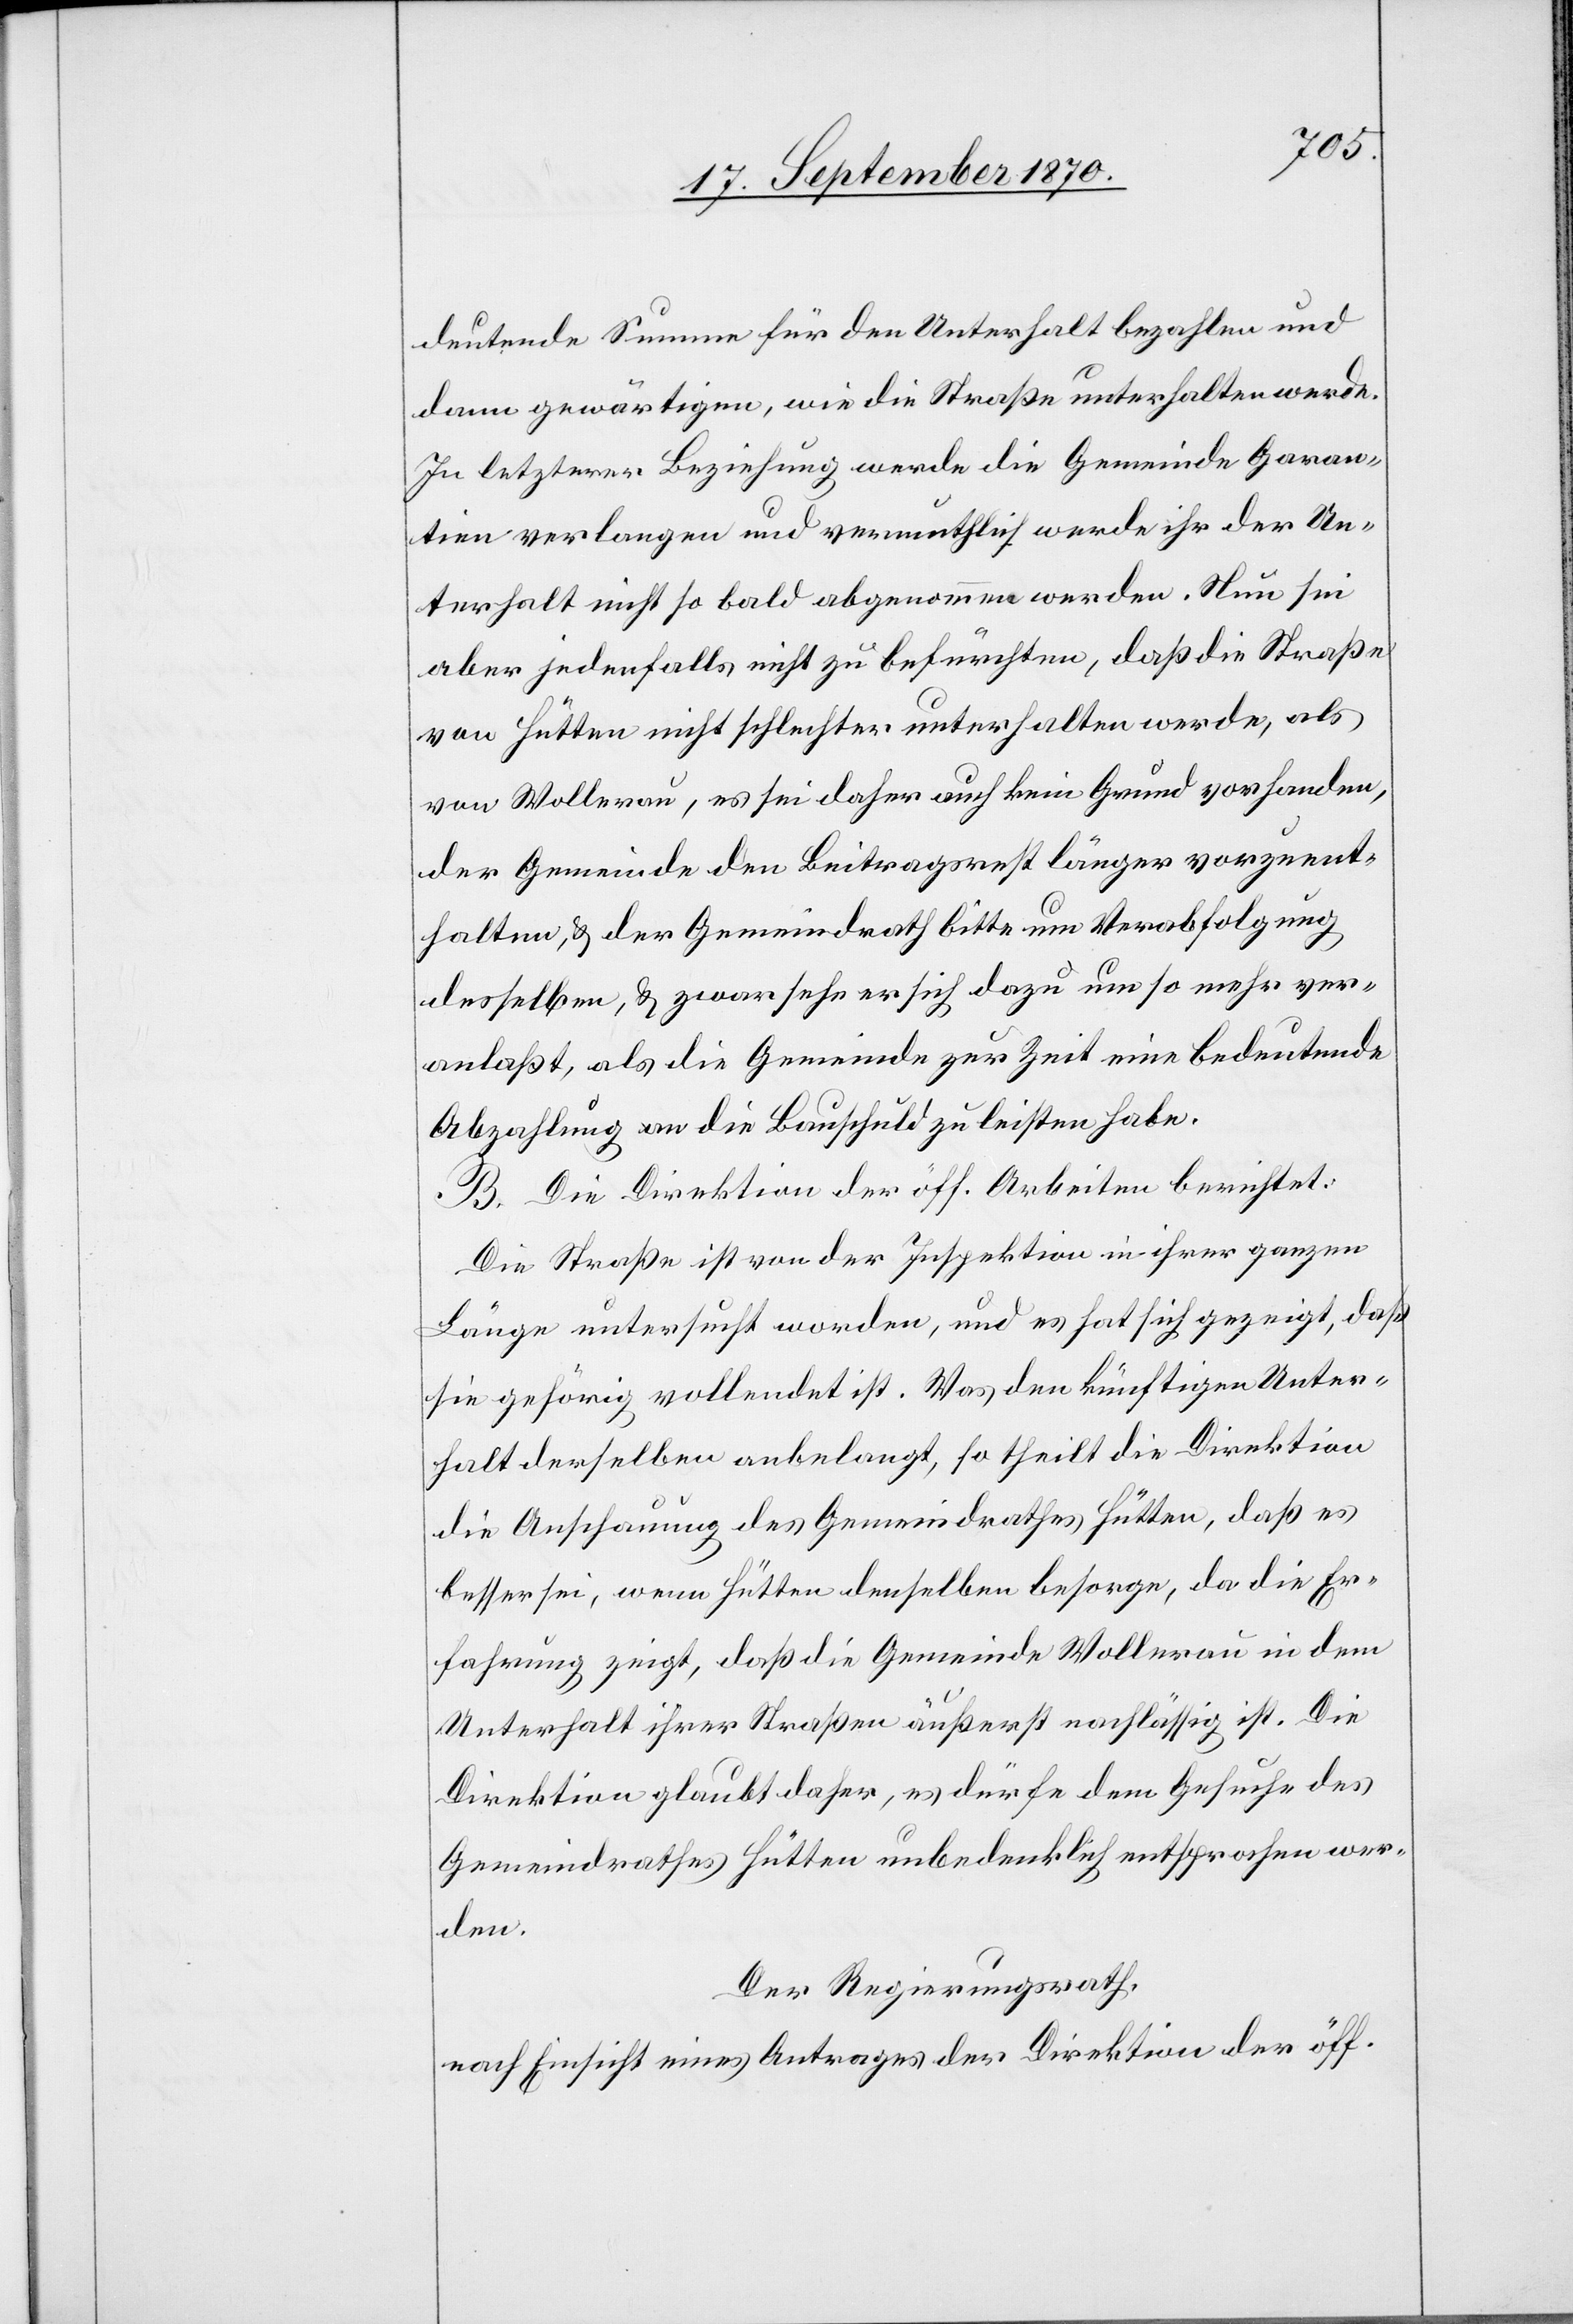
deutende Summe für den Unterhalt bezahlen und
dann gewärtigen, wie die Straße unterhalten werde.
In letzterer Beziehung werde die Gemeinde Garan¬
tien verlangen und vermuthlich werde ihr der Un¬
terhalt nicht so bald abgenommen werden. Nun sei
aber jedenfalls nicht zu befürchten, daß die Straße
von Hütten nicht schlechter [sic!] unterhalten werde, als
von Wollerau, es sei daher auch kein Grund vorhanden,
der Gemeinde den Beitragsrest länger vorzuent¬
halten, & der Gemeindrath bitte um Verabfolgung
desselben, & zwar sehe er sich dazu um so mehr ver¬
anlaßt, als die Gemeinde zur Zeit eine bedeutende
Abzahlung an die Bauschuld zu leisten habe.
B. Die Direktion der öff. Arbeiten berichtet:
Die Straße ist von der Inspektion in ihrer ganzen
Länge untersucht worden, und es hat sich gezeigt, daß
sie gehörig vollendet ist. Was den künftigen Unter¬
halt derselben anbelangt, so theilt die Direktion
die Anschauung des Gemeindrathes Hütten, daß es
besser sei, wenn Hütten denselben besorge, da die Er¬
fahrung zeigt, daß die Gemeinde Wollerau in dem
Unterhalt ihrer Straßen äußerst nachlässig ist. Die
Direktion glaubt daher, es dürfe dem Gesuche des
Gemeindrathes Hütten unbedenklich entsprochen wer¬
den.
Der Regierungsrath,
nach Einsicht eines Antrages der Direktion der öff.